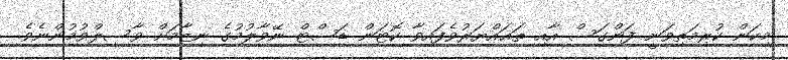
މިކަން ކުރިމަތިވަނީ ފަންގަސް އާއި ތަޣައްޔަރުވެފައިވާ ކޮޓަން ޑަސްޓް ނޭވާލުމުގެ ނިޒާމަށް ވާސިލްވުމުންނެވެ.